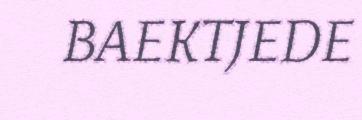
BAEKTJEDE